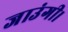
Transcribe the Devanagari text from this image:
जाउंगी।